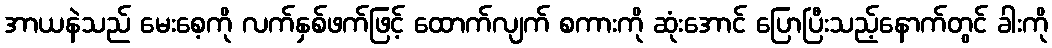
အာယနဲသည် မေးစေ့ကို လက်နှစ်ဖက်ဖြင့် ထောက်လျက် စကားကို ဆုံးအောင် ပြောပြီးသည့်နောက်တွင် ခါးကို